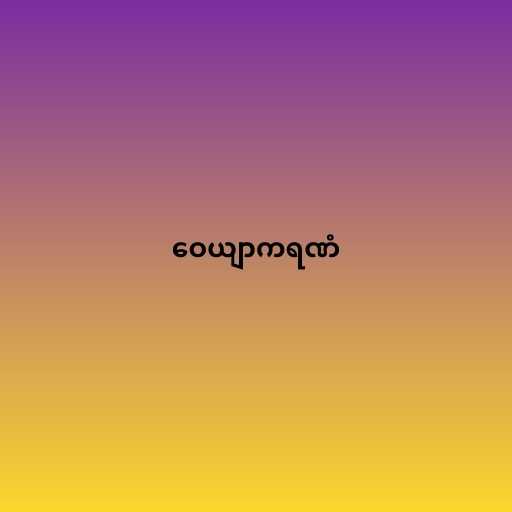
ဝေယျာကရဏံ